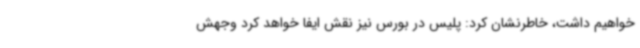
خواهیم داشت، خاطرنشان کرد: پلیس در بورس نیز نقش ایفا خواهد کرد وجهش